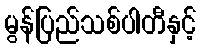
မွန်ပြည်သစ်ပါတီနှင့်